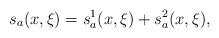
LaTeX: \begin{align*}s_a(x,\xi)=s_a^1(x,\xi)+s_a^2(x,\xi), \end{align*}